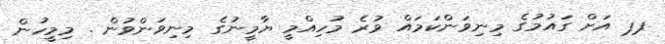
ޕޕ އަށް ގައުމުގެ މިނިވަންކަމައް ވުރެ މުހިއްމީ ޔާމީނުގެ މިނިވަންވުން . މިމީހުން